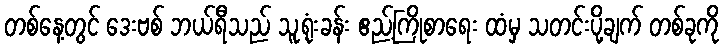
တစ်နေ့တွင် ဒေးဗစ် ဘယ်ရီသည် သူ့ရုံးခန်း ဧည့်ကြိုစာရေး ထံမှ သတင်းပို့ချက် တစ်ခုကို